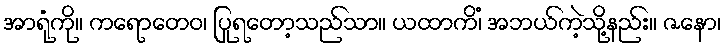
အာရုံကို။ ကရောတေဝ၊ ပြုရတော့သည်သာ။ ယထာကိံ၊ အဘယ်ကဲ့သို့နည်း။ ဇနော၊